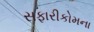
સફારીકોમના